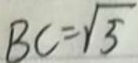
B C = \sqrt { 5 }